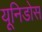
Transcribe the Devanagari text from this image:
यूनिडोस